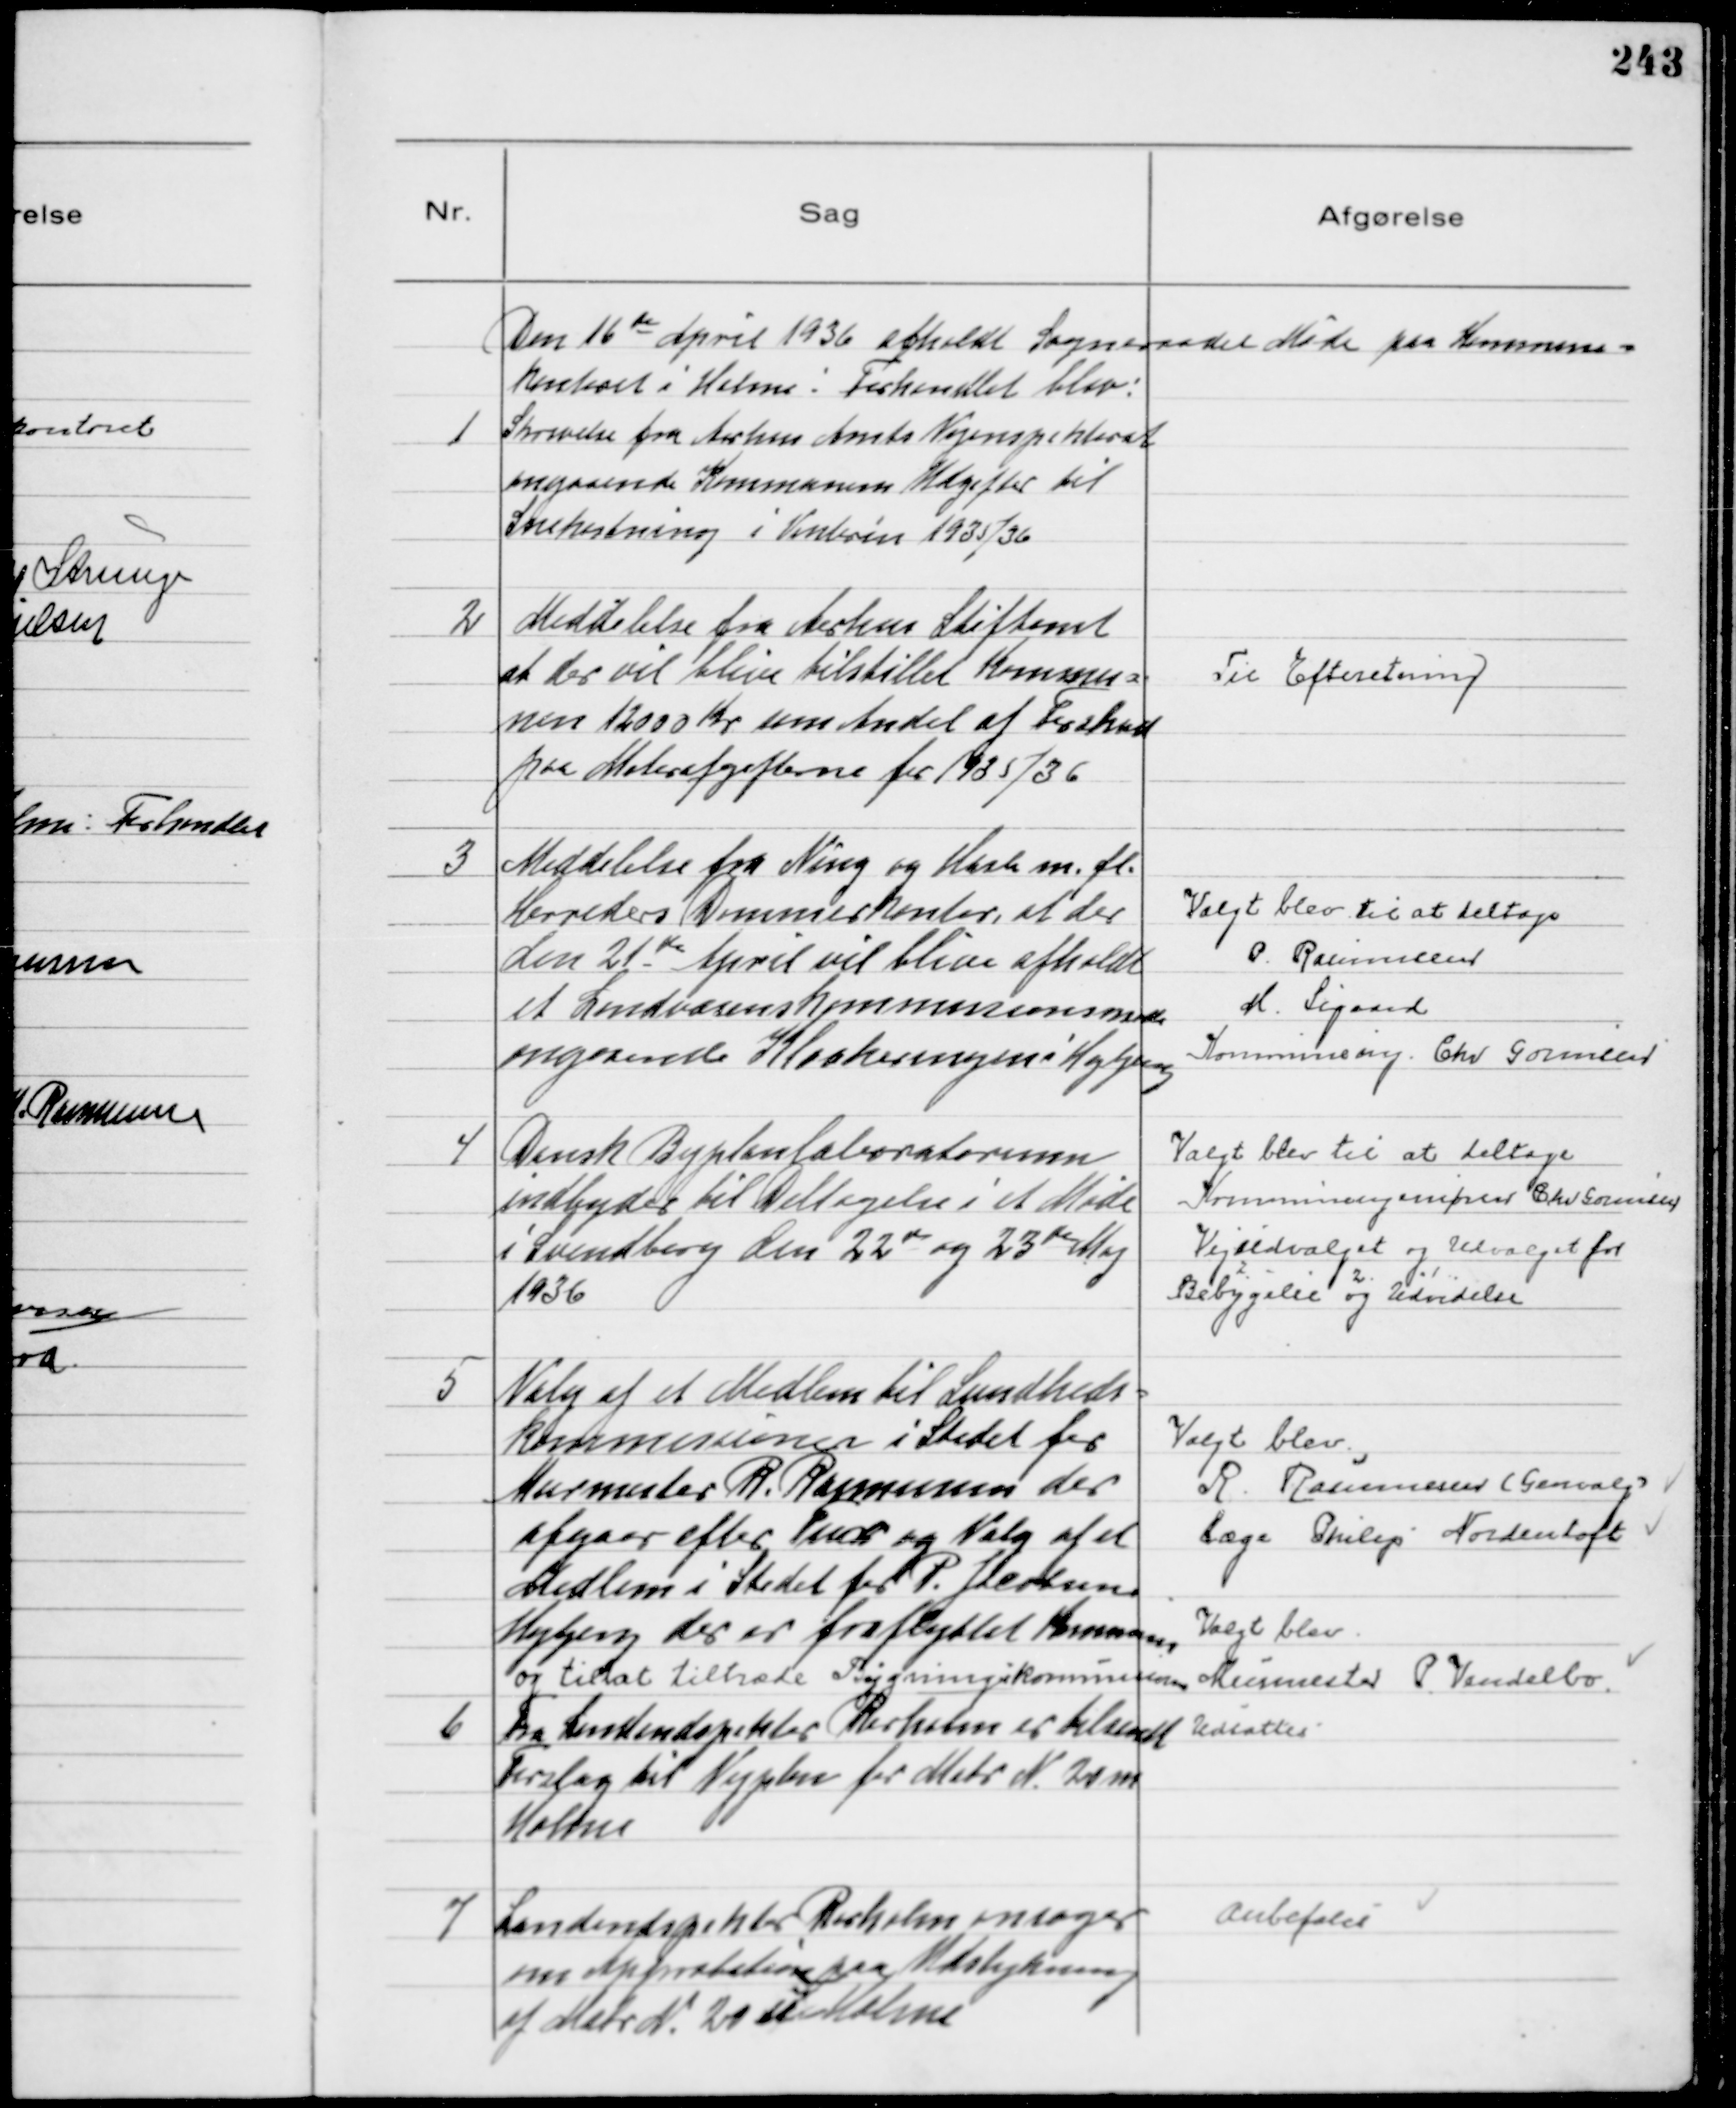
Transskription:
Den 16de April 1936 afholdt Sogneraadet Møde paa Kommune-
kontoret i Holme: Forhandlet blev:

1
Skrivelse fra Aarhus Amts Vejinspektorat
angaaende Kommunens Udgifter til
Snekastning i Vinteren 1935/36

2
Meddelelse fra Aarhus Stiftamt
at der vil blive tilstillet Kommu-
nen 12000 Kr som andel af Forskud
paa Motorafgifterne for 1935/36

Til Efteretning

3
Meddelelse fra Ning og Hads m.fl.
Herreders Dommerkontor, at der
den 21de April vil blive afholdt
et Landvæsenskommissionsmøde
angaaende Kloakeringen i Højbjerg

Valgt blev til at deltage
P. Rasmussen
M. Sigaard
Kommuneing. Chr Gormsen

4
Dansk Byplanlaboratorium
indbyder til Deltagelse i et Møde
i Svendborg den 22de og 23de Maj
1936

Valgt blev til at deltage
Kommuneingeniøren Chr Gormsen
Vejudvalget og Udvalget for
Bebyggelse og Udvidelse

5
Valg af et Medlem til Sundheds-
kommissionen i Stedet for
Murmester R. Rasmussen der
afgaar efter Tur og Valg af et 
Medlem i Stedet for P. Jacobsen
Højbjerg der er fraflyttet Kommunen
og til at tiltræde Bygningskommissionen

Valgt blev
R. Rasmussen (Genvalg)
Læge Philip Nordentoft
Valgt blev
Murmester P Vendelbo

6
Fra Landindspektør Rørholm er tilsendt
Forslag til Vejplan for Matr N 20m
Holme

Udsattes

7
Landindspektør Rørholm ansøger
om Approbation paa Udstykning
af Matr N 20 m i Holme

Anbefales